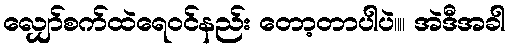
လျှော်စက်ထဲရေ၀င်နည်း တော့တာပါပဲ။။ အဲဒီအခါ